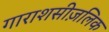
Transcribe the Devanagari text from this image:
गाराशसीज़लिक